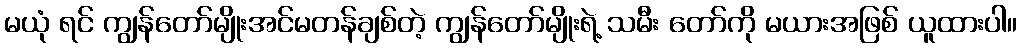
မယုံ ရင် ကျွန်တော်မျိုးအင်မတန်ချစ်တဲ့ ကျွန်တော်မျိုးရဲ့ သမီး တော်ကို မယားအဖြစ် ယူထားပါ။